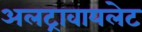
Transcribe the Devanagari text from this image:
अलट्रावायलेट